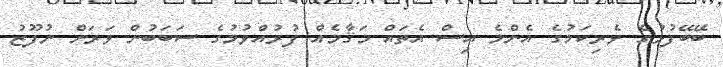
ބޭބޭފުޅުގެ ވެރިކަމުގެ އެންމެ އިސް އެތައް މަޤާމެއް ފުރުއްވުމުގެ ސަބަބުން ވަރަށް ނުފޫޒު